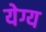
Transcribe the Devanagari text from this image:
येग्य